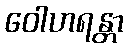
ဝေါဟရန္တာ